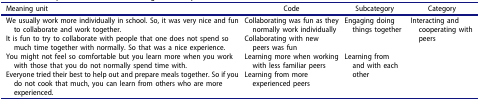
| Meaning unit | Code | Subcategory | Category |
 | --- | --- | --- | --- |
 | We usually work more individually in school. So, it was very nice and fun to collaborate and work together. | Collaborating was fun as they normally work individually | <ROWSPAN=2> Engaging doing things together | <ROWSPAN=4> Interacting and cooperating with peers |
 | It is fun to try to collaborate with people that one does not spend so much time together with normally. So that was a nice experience. | Collaborating with new peers was fun |
 | You might not feel so comfortable but you learn more when you work with those that you do not normally spend time with. | Learning more when working with less familiar peers | <ROWSPAN=2> Learning from and with each other |
 | Everyone tried their best to help out and prepare meals together. So if you do not cook that much, you can learn from others who are more experienced. | Learning from more experienced peers |